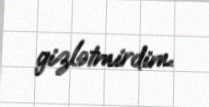
gizlətmirdim.